Source: Handwritten
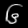
Digit: ၆ (6)